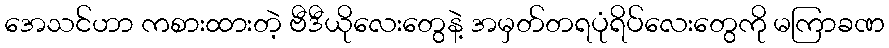
အေသင်ဟာ ကစားထားတဲ့ ဗီဒီယိုလေးတွေနဲ့ အမှတ်တရပုံရိပ်လေးတွေကို မကြာခဏ